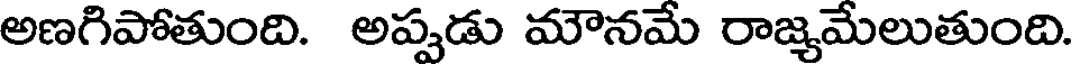
అణగిపోతుంది. అప్పడు మౌనమే రాజ్యమేలుతుంది